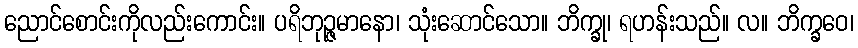
ညောင်စောင်းကိုလည်းကောင်း။ ပရိဘုဉ္ဇမာနော၊ သုံးဆောင်သော။ ဘိက္ခု၊ ရဟန်းသည်။ လ။ ဘိက္ခဝေ၊